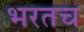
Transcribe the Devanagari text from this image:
भरतच